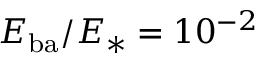
E _ { \mathrm { b a } } / E _ { * } = 1 0 ^ { - 2 }